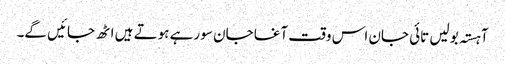
آہستہ بولیں تائی جان اس وقت آغا جان سو رہے ہوتے ہیں اٹھ جائیں گے۔